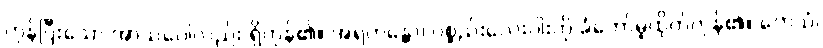
ကုန်ပြီးသော အာသဝေါလည်း ရှိကုန်၏။ အရဟန္တော၊ ပစ္စည်းလေးပါးကို ခံတော်မူထိုက်ကုန်၏။ တေသံ၊